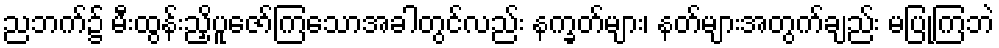
ညဘက်၌ မီးထွန်းညှိပူဇော်ကြသောအခါတွင်လည်း နက္ခတ်များ၊ နတ်များအတွက်ချည်း မပြုကြဘဲ